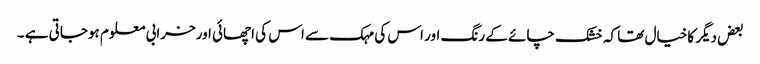
بعض دیگر کاخیال تھا کہ خشک چائے کے رنگ اور اس کی مہک سے اس کی اچھائی اورخرابی معلوم ہوجاتی ہے ۔